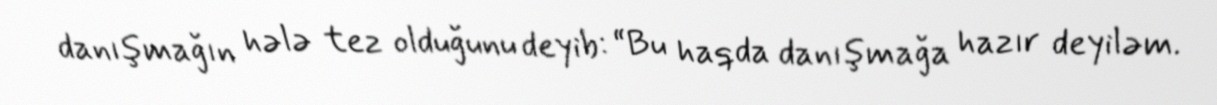
danışmağın hələ tez olduğunu deyib: “Bu haqda danışmağa hazır deyiləm.